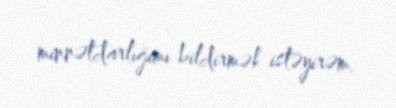
minnətdarlığımı bildirmək istəyirəm.